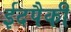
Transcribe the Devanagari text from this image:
ईदपैकी